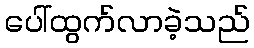
ပေါ်ထွက်လာခဲ့သည်